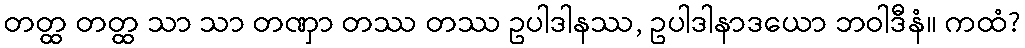
တတ္ထ တတ္ထ သာ သာ တဏှာ တဿ တဿ ဥပါဒါနဿ, ဥပါဒါနာဒယော ဘဝါဒီနံ။ ကထံ?